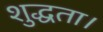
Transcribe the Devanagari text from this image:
शुद्धता।